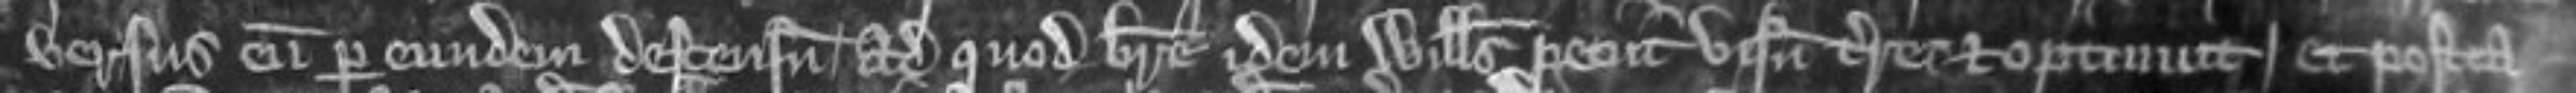
versus eum per eundem descensum ad quod breve idem Willelmus petiit visum terre et optinuit et postea